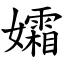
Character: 孀